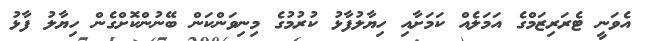
އެވަނީ ޓެރަރިޒަމްގެ އަމަލެއް ކަމަށާއި ހިޔާލުފާޅު ކުރުމުގެ މިނިވަންކަން ބޭނުންކޮށްގެން ހިޔާލު ފާޅު